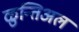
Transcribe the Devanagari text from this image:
ळुन्तिअल